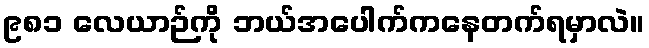
၉၈၁ လေယာဉ်ကို ဘယ်အပေါက်ကနေတက်ရမှာလဲ။